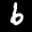
Label: 6